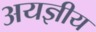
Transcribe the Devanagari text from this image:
अयज्ञीय